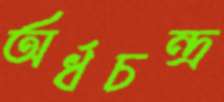
অর্ধচন্দ্র